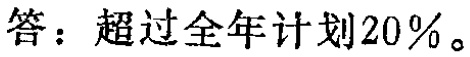
答：超过全年计划20\%。